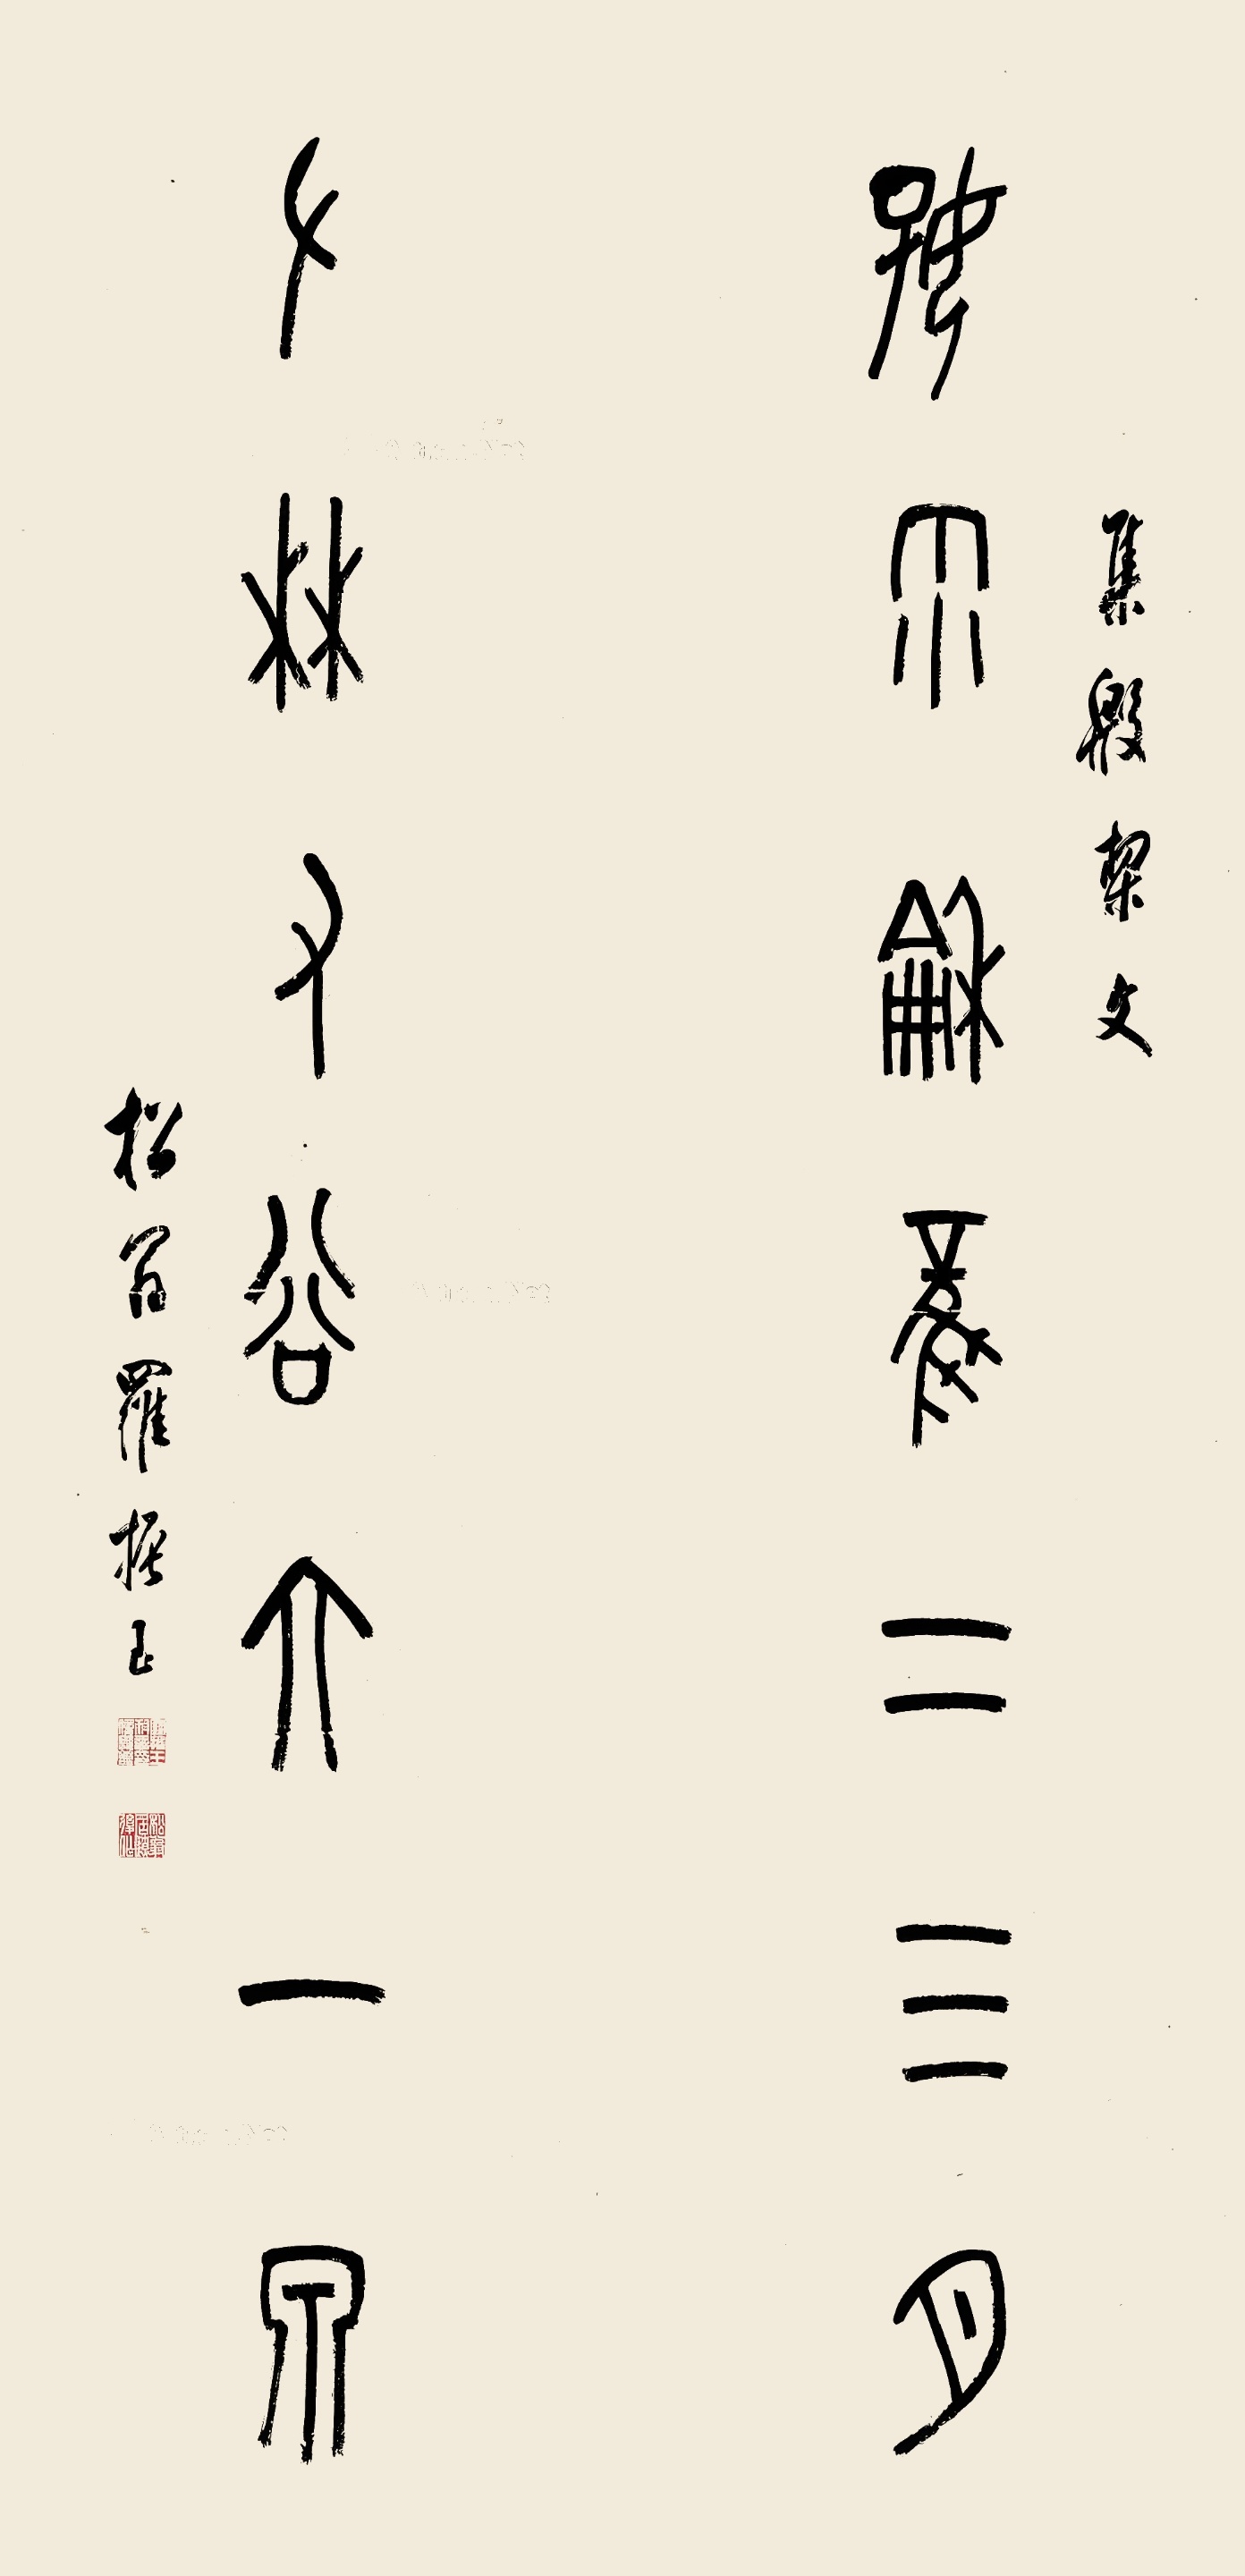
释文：千秋子谷六一泉，好雨和风二三月。集殷契文，松翁罗振玉。